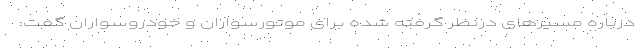
درباره مسیرهای درنظر گرفته شده برای موتورسواران و خودروسواران گفت: